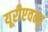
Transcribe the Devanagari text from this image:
यूरीएवना